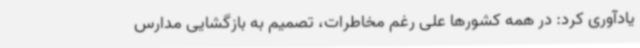
یادآوری کرد: در همه کشورها علی رغم مخاطرات، تصمیم به بازگشایی مدارس